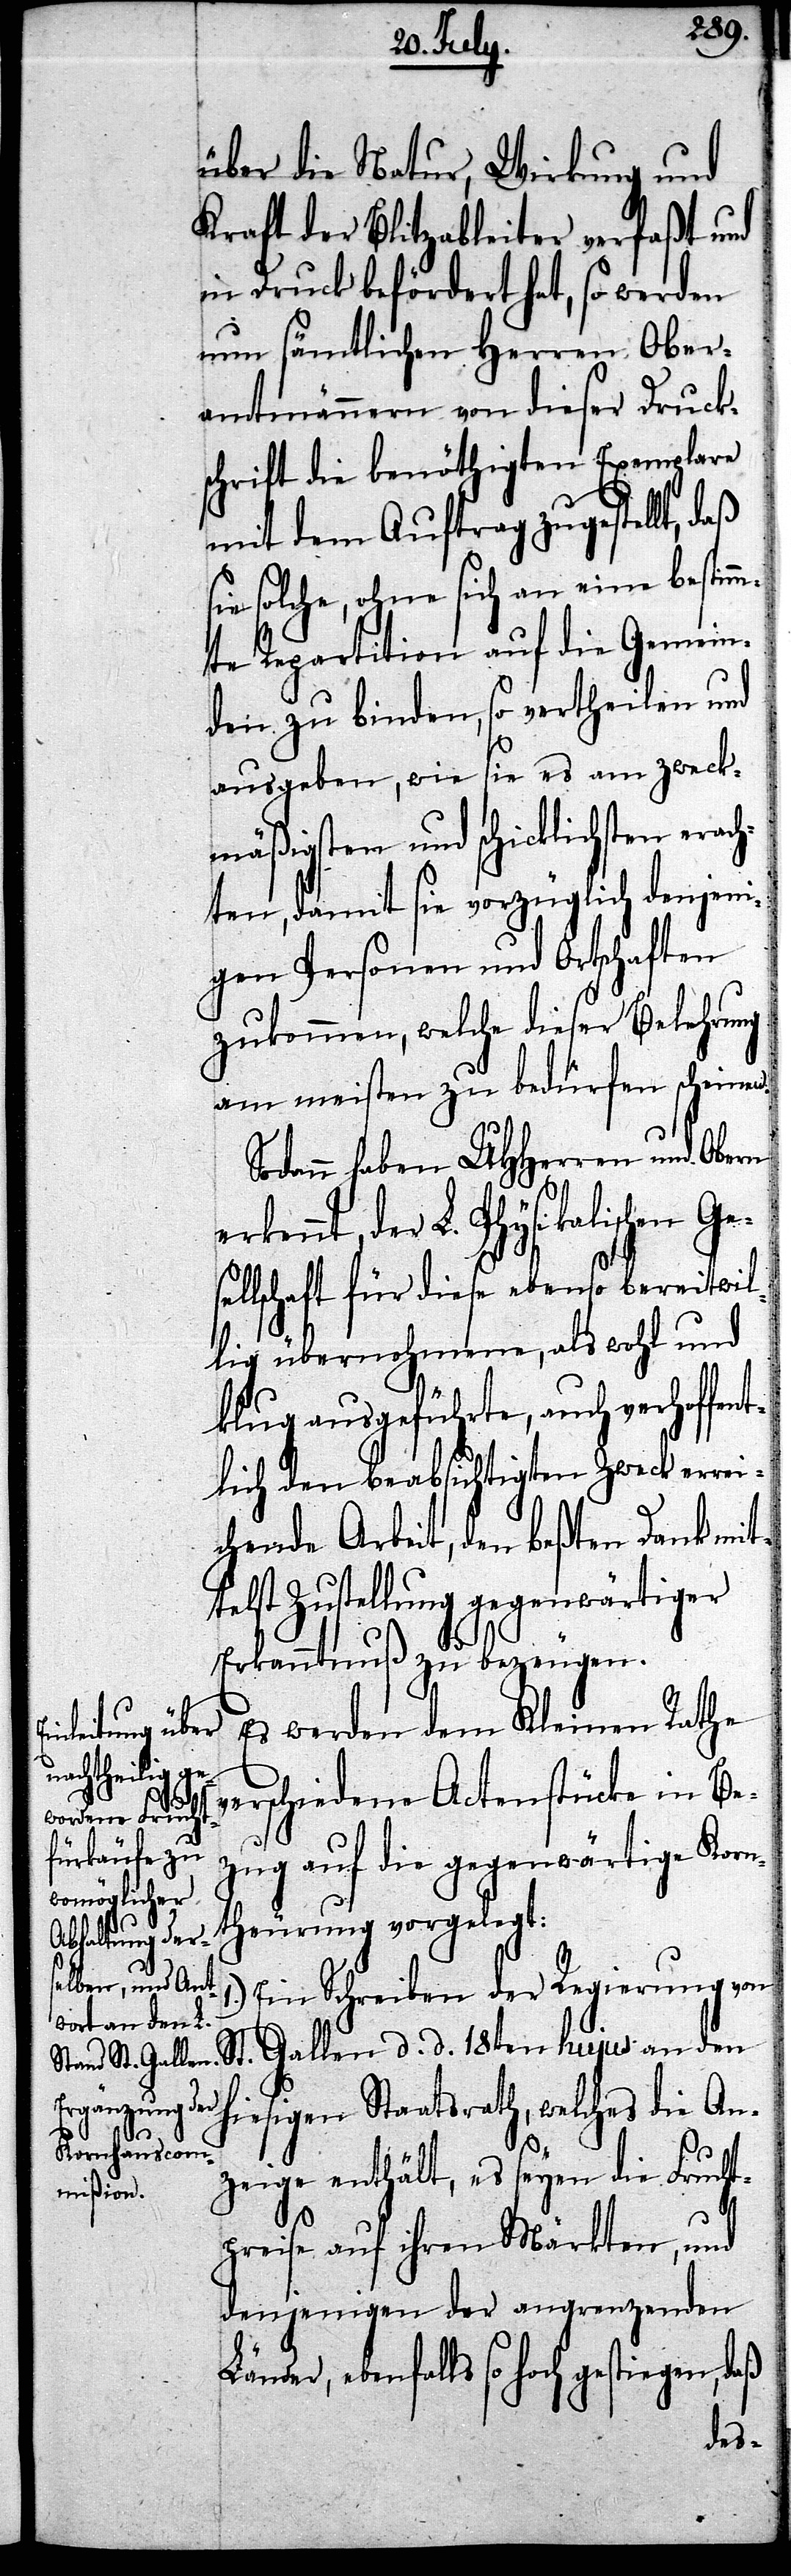
erach¬
über die Natur, Wirkung und
Kraft der Blitzableiter verfaßt und
in Druck befördert hat, so werden
nun sämtlichen Herren Ober¬
amtmännern von dieser Druck¬
schrift die benöthigten Exemplare
mit dem Auftrag zugestellt, daß
solche, ohne sich an eine bestim¬
mte Repartition auf die Gemein¬
den zu binden, so vertheilen und
ausgeben, wie sie es am zweck¬
mäßigsten und schicklichsten
ten damit sie vorzüglich denjeni¬
gen Personen und Ortschaften
zukommen, welche dieser Belehrung
am meisten zu bedürfen scheinen.
Sodann haben UHHerren und Obern
erkennt, der L. Physikalischen Ge¬
sellschaft für die ebenso bereitwil¬
lig übernohmene, als wohl und
klug ausgeführte, auch verhoffent¬
lich den beabsichtigten Zweck errei¬
chende Arbeit, den beßten Dank mit¬
t Zustellung gegenwärtiger
Erkanntnuß zu bezeugen.
Es werden dem Kleinen Rathe
verschiedene Actenstücke in Be¬
zug auf die gegenwärtige Korn¬
theurung vorgelegt:
Ein Schreiben der Regierung von
St. Gallen d. d. 18ten hujus an den h¬
iesigen Staatsrath, welches die An¬
zeige enthält, es seyen die Frucht¬
preise auf ihren Märkten, und
denjenigen der angrenzenden
ebenfalls so hoch gestiegen, daß
tels¬